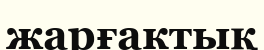
жарғактық